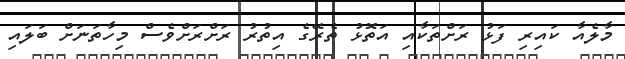
މާލެއާ ކައިރި ފަޅު ރަށްތަކާއި އަތޮޅު ތެރޭގެ އިތުރު ރަށްރަށްވެސް މިހާތަނަށް ބަލައި